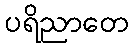
ပရိညာတေ